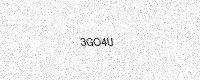
Text: 3GO4U